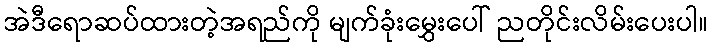
အဲဒီရောဆပ်ထားတဲ့အရည်ကို မျက်ခုံးမွှေးပေါ် ညတိုင်းလိမ်းပေးပါ။